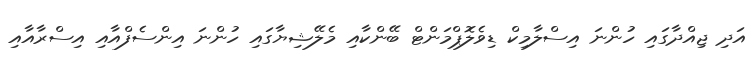
އަދި ޖިއްދާގައި ހުންނަ އިސްލާމިކް ޑިވެލޮޕްމަންޓް ބޭންކާއި މެލޭޝިޔާގައި ހުންނަ އިންސެފްއާއި އިސްރާއާއި